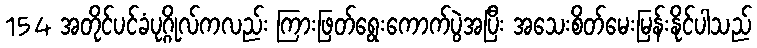
154 အတိုင်ပင်ခံပုဂ္ဂိုလ်ကလည်း ကြားဖြတ်ရွေးကောက်ပွဲအပြီး အသေးစိတ်မေးမြန်းနိုင်ပါသည်